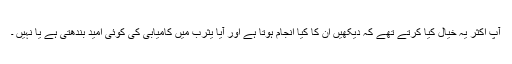
آپؐ اکثر یہ خیال کیا کرتے تھے کہ دیکھیں ان کا کیا انجام ہوتا ہے اور آیا یثرب میں کامیابی کی کوئی امید بندھتی ہے یا نہیں ۔